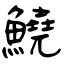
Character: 鱙